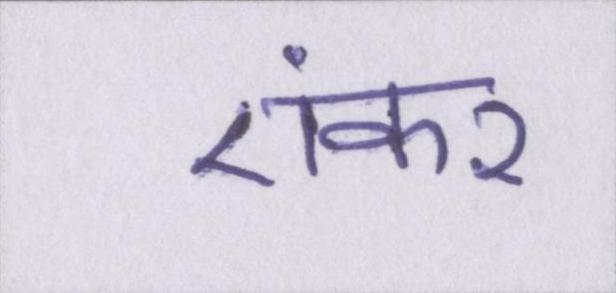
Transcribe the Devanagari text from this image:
एंकर